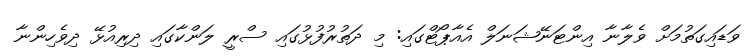
ވަޑައިގަތުމަށް ވެލާނާ އިންޓަަނޭޝަނަލް އެއާޕޯޓްގައި: މި ދަތުރުފުޅުގައި ސްރީ ލަންކާގައި ދިރިއުޅޭ ދިވެހިންނާ